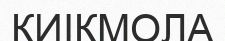
КИІКМОЛА